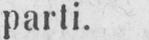
parti.